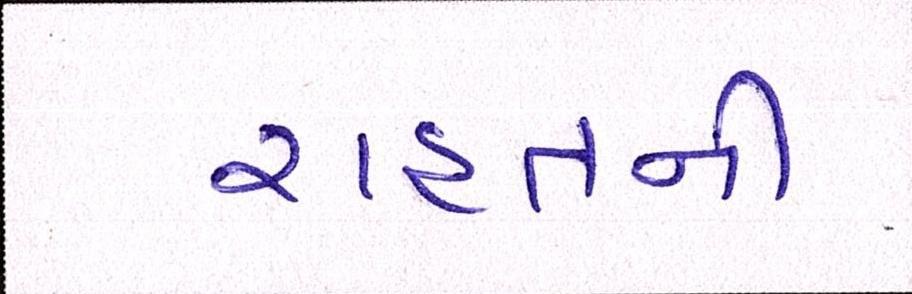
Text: રાહતની